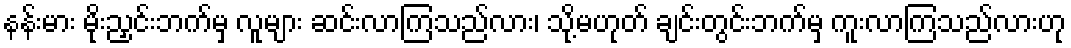
နန်းမား မိုးညှင်းဘက်မှ လူများ ဆင်းလာကြသည်လား၊ သို့မဟုတ် ချင်းတွင်းဘက်မှ ကူးလာကြသည်လားဟု